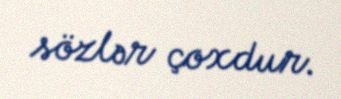
sözlər çoxdur.